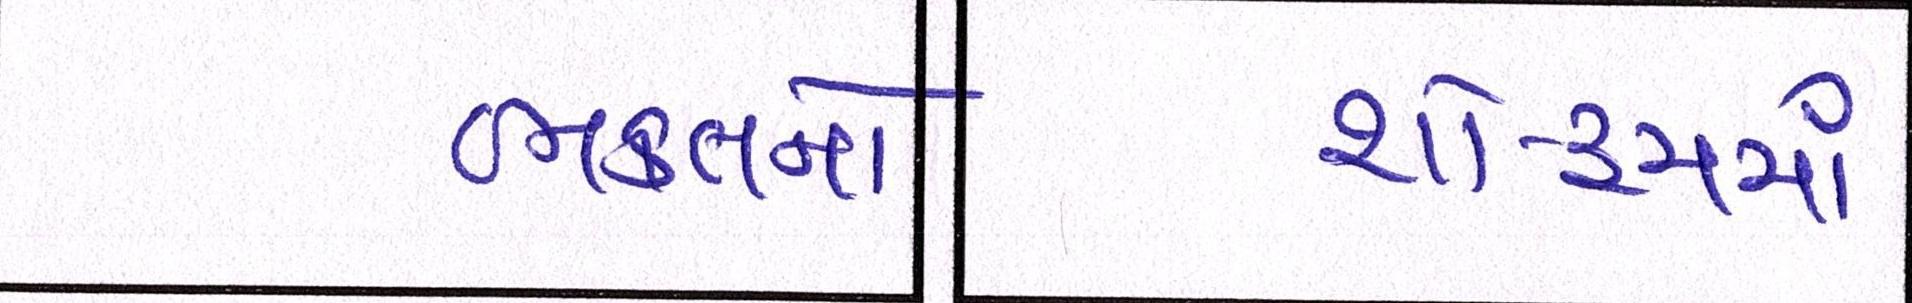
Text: ભક્તનો